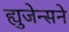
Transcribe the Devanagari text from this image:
ह्युजेन्सने